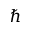
\hbar